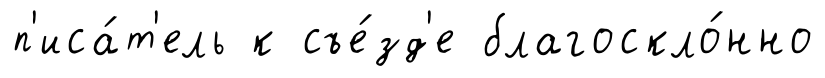
п'иса́т'ель к съе́зд'е благоскло́нно